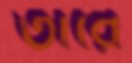
তাঁরে